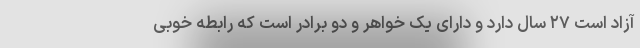
آزاد است ۲۷ سال دارد و دارای یک خواهر و دو برادر است که رابطه خوبی